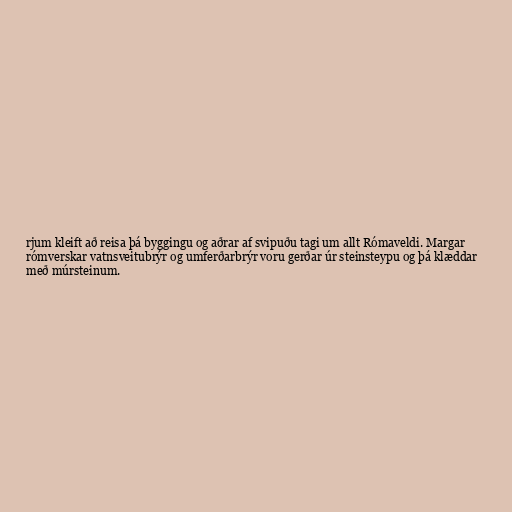
rjum kleift að reisa þá byggingu og aðrar af svipuðu tagi um allt Rómaveldi. Margar
rómverskar vatnsveitubrýr og umferðarbrýr voru gerðar úr steinsteypu og þá klæddar
með múrsteinum.